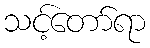
သင့်တော်ရာ